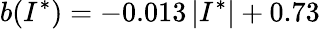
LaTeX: b(I^{*})=-0.013\, \lvert I^{*}\rvert+0.73